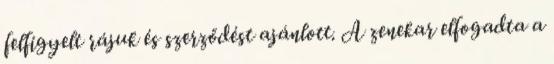
felfigyelt rájuk és szerződést ajánlott. A zenekar elfogadta a